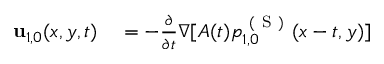
\begin{array} { r l } { \mathbf { u } _ { 1 , 0 } ( x , y , t ) } & { { } = - \frac { \partial } { \partial t } \nabla [ A ( t ) p _ { 1 , 0 } ^ { \mathrm { ~ ( ~ S ~ ) ~ } } ( x - t , y ) ] } \end{array}